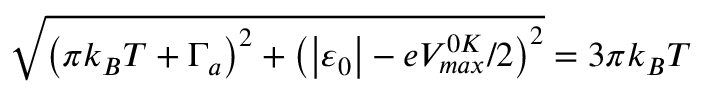
\sqrt { \left( \pi k _ { B } T + \Gamma _ { a } \right) ^ { 2 } + \left( \left\vert \varepsilon _ { 0 } \right\vert - e V _ { m a x } ^ { 0 K } / 2 \right) ^ { 2 } } = 3 \pi k _ { B } T